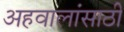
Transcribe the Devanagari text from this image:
अहवालांसाठी